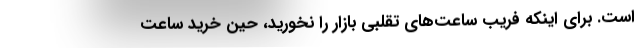
است. برای اینکه فریب ساعت‌های تقلبی بازار را نخورید، حین خرید ساعت